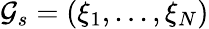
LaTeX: \mathcal{G}_{s}=(\xi_{1},...,\xi_{N})